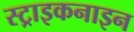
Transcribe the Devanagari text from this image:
स्ट्राइकनाइन